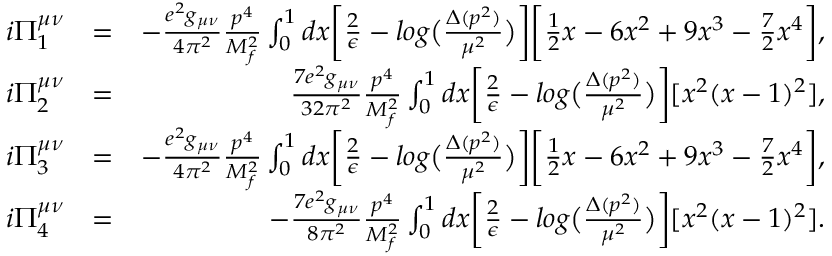
\begin{array} { r l r } { i \Pi _ { 1 } ^ { \mu \nu } } & { = } & { - \frac { e ^ { 2 } g _ { \mu \nu } } { 4 \pi ^ { 2 } } \frac { p ^ { 4 } } { M _ { f } ^ { 2 } } \int _ { 0 } ^ { 1 } d x \biggl [ \frac { 2 } { \epsilon } - l o g \bigl ( \frac { \Delta ( p ^ { 2 } ) } { \mu ^ { 2 } } \bigr ) \biggr ] \biggl [ \frac { 1 } { 2 } x - 6 x ^ { 2 } + 9 x ^ { 3 } - \frac { 7 } { 2 } x ^ { 4 } \biggr ] , } \\ { i \Pi _ { 2 } ^ { \mu \nu } } & { = } & { \frac { 7 e ^ { 2 } g _ { \mu \nu } } { 3 2 \pi ^ { 2 } } \frac { p ^ { 4 } } { M _ { f } ^ { 2 } } \int _ { 0 } ^ { 1 } d x \biggl [ \frac { 2 } { \epsilon } - l o g \bigl ( \frac { \Delta ( p ^ { 2 } ) } { \mu ^ { 2 } } \bigr ) \biggr ] [ x ^ { 2 } ( x - 1 ) ^ { 2 } ] , } \\ { i \Pi _ { 3 } ^ { \mu \nu } } & { = } & { - \frac { e ^ { 2 } g _ { \mu \nu } } { 4 \pi ^ { 2 } } \frac { p ^ { 4 } } { M _ { f } ^ { 2 } } \int _ { 0 } ^ { 1 } d x \biggl [ \frac { 2 } { \epsilon } - l o g \bigl ( \frac { \Delta ( p ^ { 2 } ) } { \mu ^ { 2 } } \bigr ) \biggr ] \biggl [ \frac { 1 } { 2 } x - 6 x ^ { 2 } + 9 x ^ { 3 } - \frac { 7 } { 2 } x ^ { 4 } \biggr ] , } \\ { i \Pi _ { 4 } ^ { \mu \nu } } & { = } & { - \frac { 7 e ^ { 2 } g _ { \mu \nu } } { 8 \pi ^ { 2 } } \frac { p ^ { 4 } } { M _ { f } ^ { 2 } } \int _ { 0 } ^ { 1 } d x \biggl [ \frac { 2 } { \epsilon } - l o g \bigl ( \frac { \Delta ( p ^ { 2 } ) } { \mu ^ { 2 } } \bigr ) \biggr ] [ x ^ { 2 } ( x - 1 ) ^ { 2 } ] . } \end{array}